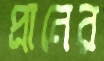
প্রানের